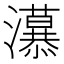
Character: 𭳲